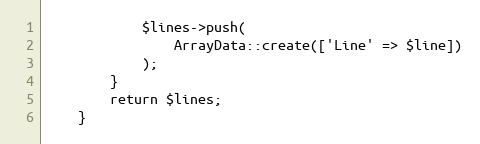
Language: PHP
            $lines->push(
                ArrayData::create(['Line' => $line])
            );
        }
        return $lines;
    }